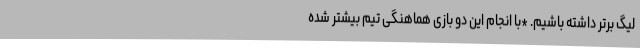
لیگ برتر داشته باشیم. *با انجام این دو بازی هماهنگی تیم بیشتر شده